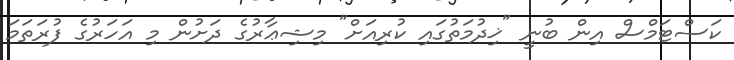
ކަސްޓަމްސް އިން ބުނީ "ޚިދުމަތުގައި ކުރިއަށް" މިޝިޢާރުގެ ދަށުން މި އަހަރުގެ ފުރަތަމަ